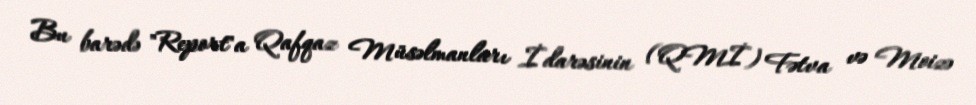
Bu barədə "Report"a Qafqaz Müsəlmanları İdarəsinin (QMİ) Fətva və Moizə